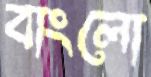
বাংলো